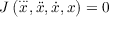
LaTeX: J \left( { \overset { . . . } { x } } , { \ddot { x } } , { \dot { x } } , x \right) = 0